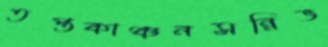
তপ্তকাঞ্চনসন্নিভ